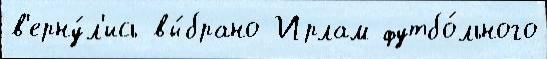
в'ерну́л'ись вы́брано Ирлам футбо́льного